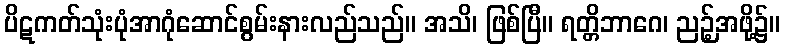
ပိဋကတ်သုံးပုံအာဂုံဆောင်စွမ်းနားလည်သည်။ အသိ၊ ဖြစ်ပြီ။ ရတ္တိဘာဂေ၊ ညဉ့်အဖို့၌။